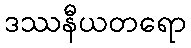
ဒဿနီယတရော